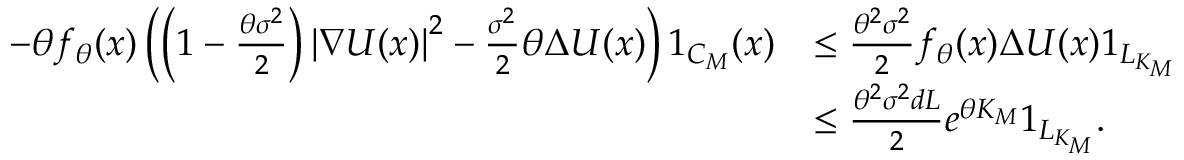
\begin{array} { r l } { - \theta f _ { \theta } ( x ) \left( \left( 1 - \frac { \theta \sigma ^ { 2 } } { 2 } \right) \left| \nabla U ( x ) \right| ^ { 2 } - \frac { \sigma ^ { 2 } } { 2 } \theta \Delta U ( x ) \right) 1 _ { { \cal C } _ { M } } ( x ) } & { \le \frac { \theta ^ { 2 } \sigma ^ { 2 } } { 2 } f _ { \theta } ( x ) \Delta U ( x ) 1 _ { L _ { K _ { M } } } } \\ & { \le \frac { \theta ^ { 2 } \sigma ^ { 2 } d L } { 2 } e ^ { \theta K _ { M } } 1 _ { L _ { K _ { M } } } . } \end{array}